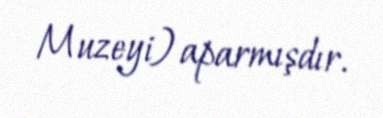
Muzeyi) aparmışdır.